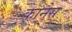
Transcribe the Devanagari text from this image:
कानेस